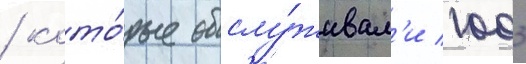
/ кото́рые обслу́живал'и 1003